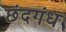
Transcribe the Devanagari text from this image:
छंदगंध